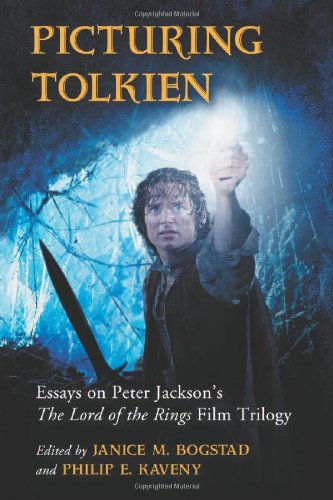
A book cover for Picturing Tolkien: Essays on Peter Jackson's the Lord of the Rings Film Trilogy; Janice M. Bogstad; Humor & Entertainment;